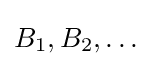
B_{1},B_{2},\dots